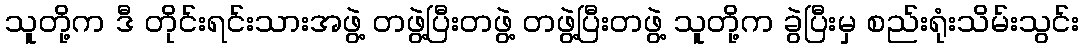
သူတို့က ဒီ တိုင်းရင်းသားအဖွဲ့ တဖွဲ့ပြီးတဖွဲ့ တဖွဲ့ပြီးတဖွဲ့ သူတို့က ခွဲပြီးမှ စည်းရုံးသိမ်းသွင်း